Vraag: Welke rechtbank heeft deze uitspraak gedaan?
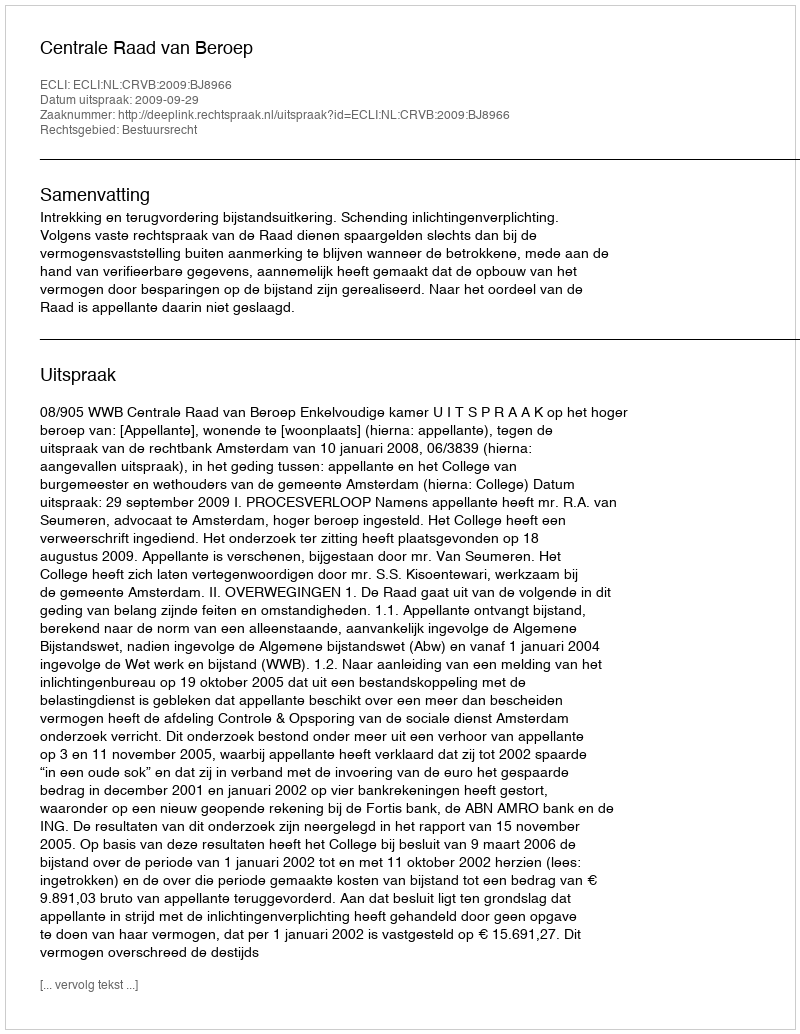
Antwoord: Centrale Raad van Beroep